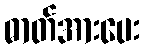
ဓာတ်အားပေး